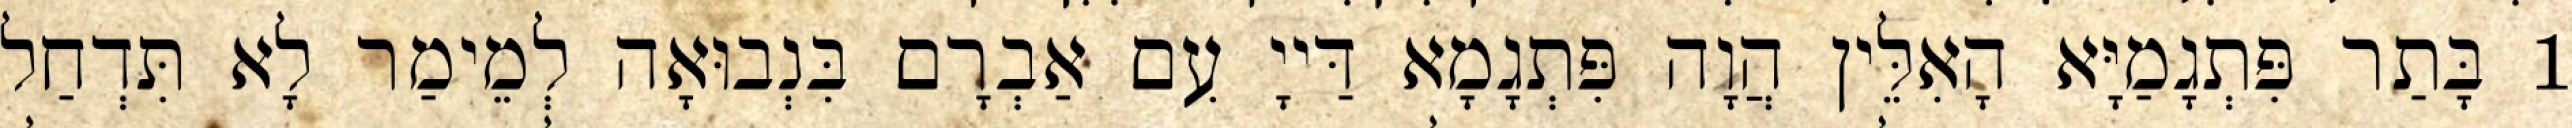
1 בָּתַר פִּתְגָמַיָּא הָאִלֵּין הֲוָה פִּתְגָמָא דַּייָ עִם אַבְרָם בִּנְבוּאָה לְמֵימַר לָא תִּדְחַל